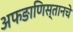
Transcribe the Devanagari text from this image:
अफङाणिस्तानचे